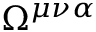
\Omega ^ { \mu \nu \alpha }